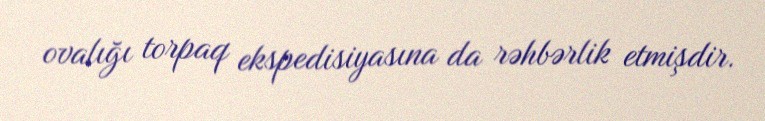
ovalığı torpaq ekspedisiyasına da rəhbərlik etmişdir.